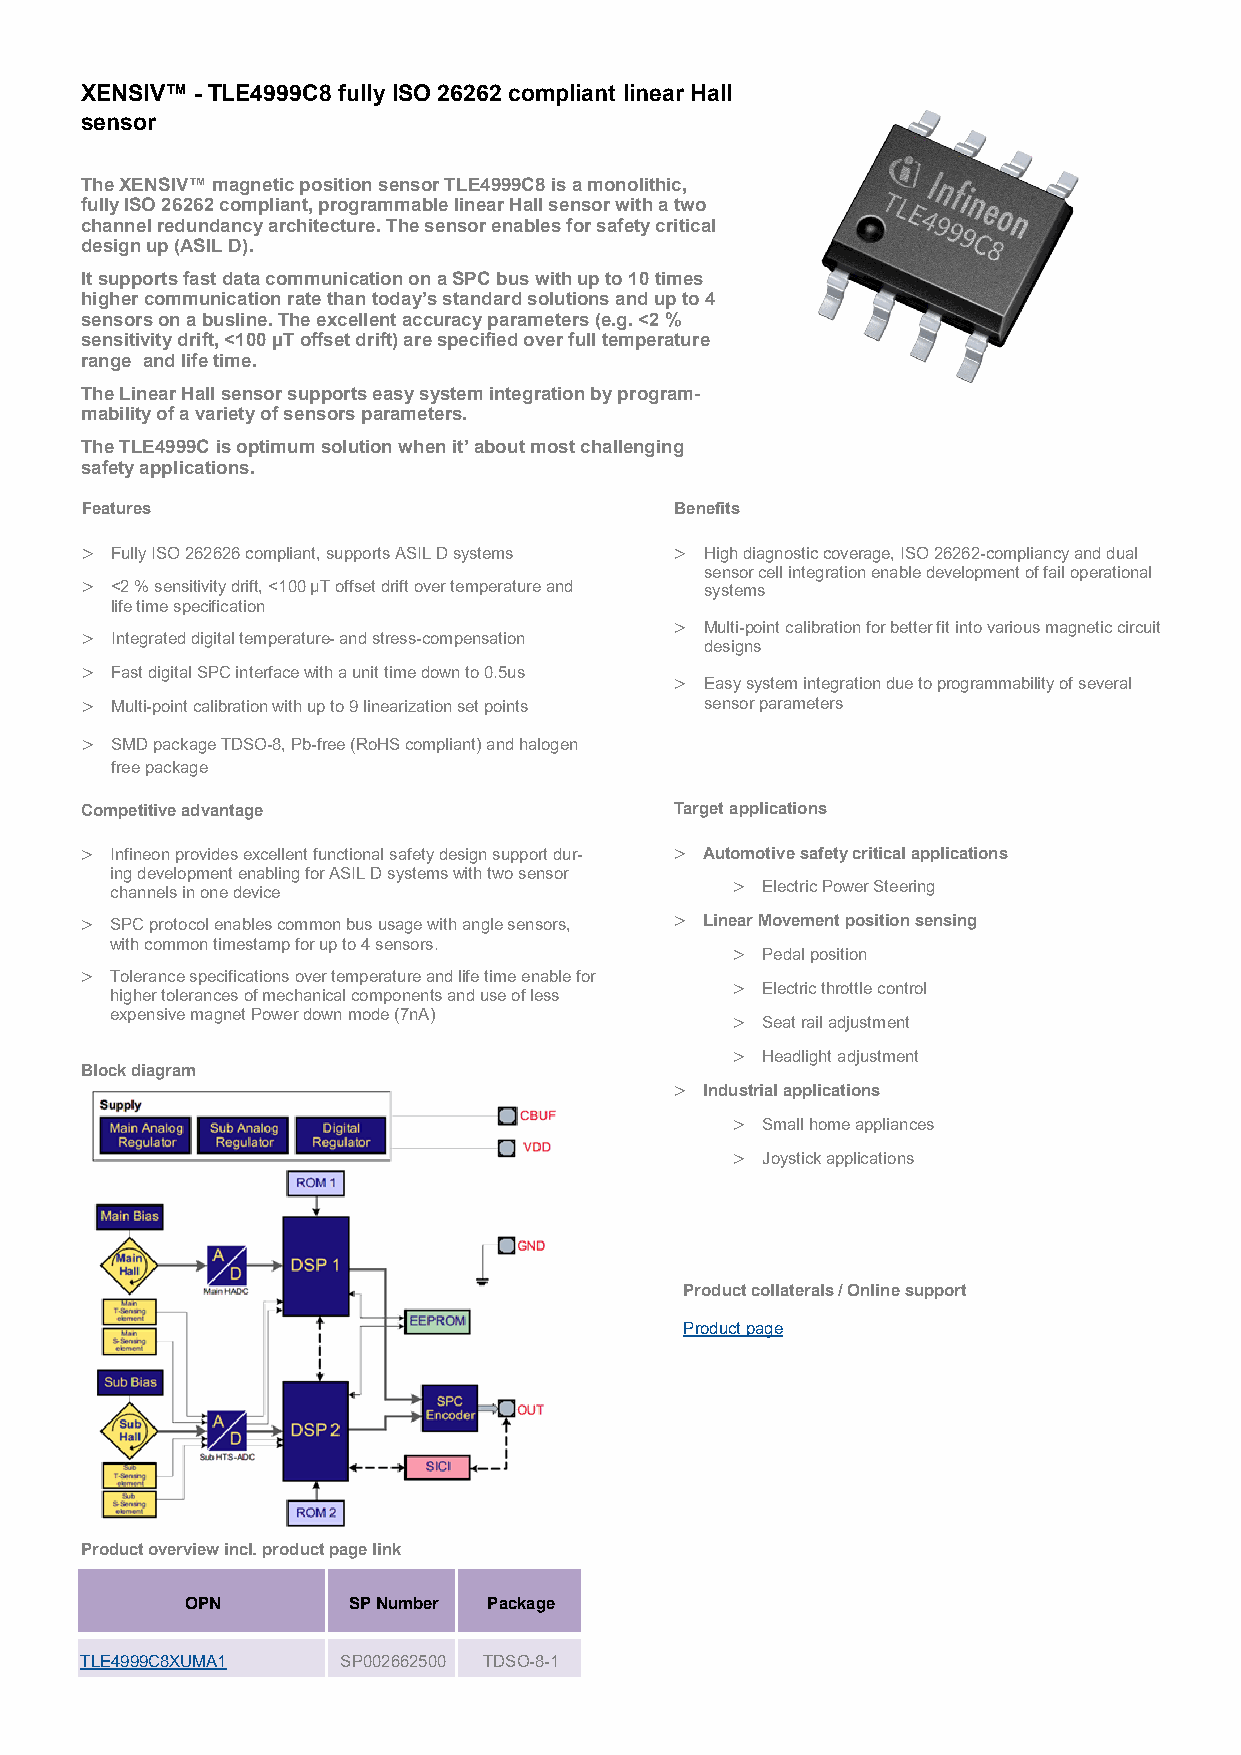
XENSIV™ - TLE4999C8 fully ISO 26262 compliant linear Hall
 sensor
 The XENSIV™ magnetic position sensor TLE4999C8 is a monolithic,
 fully ISO 26262 compliant, programmable linear Hall sensor with a two
 channel redundancy architecture. The sensor enables for safety critical
 design up (ASIL D).
 It supports fast data communication on a SPC bus with up to 10 times
 higher communication rate than today’s standard solutions and up to 4
 sensors on a busline. The excellent accuracy parameters (e.g. <2 %
 sensitivity drift, <100 µT offset drift) are specified over full temperature
 range and life time.
 The Linear Hall sensor supports easy system integration by program-
 mability of a variety of sensors parameters.
 The TLE4999C is optimum solution when it’ about most challenging
 safety applications.
 Features                                Benefits
  Fully ISO 262626 compliant, supports ASIL D systems  High diagnostic coverage, ISO 26262-compliancy and dual
 sensor cell integration enable development of fail operational
  <2 % sensitivity drift, <100 µT offset drift over temperature and systems
 life time specification
  Multi-point calibration for better fit into various magnetic circuit
  Integrated digital temperature- and stress-compensation
 designs
  Fast digital SPC interface with a unit time down to 0.5us
  Easy system integration due to programmability of several
  Multi-point calibration with up to 9 linearization set points sensor parameters
  SMD package TDSO-8, Pb-free (RoHS compliant) and halogen
 free package
 Competitive advantage                   Target applications
  Infineon provides excellent functional safety design support dur-  Automotive safety critical applications
 ing development enabling for ASIL D systems with two sensor
 channels in one device                    Electric Power Steering
  SPC protocol enables common bus usage with angle sensors,  Linear Movement position sensing
 with common timestamp for up to 4 sensors.
  Pedal position
  Tolerance specifications over temperature and life time enable for
  Electric throttle control
 higher tolerances of mechanical components and use of less
 expensive magnet Power down mode (7nA)    Seat rail adjustment
  Headlight adjustment
 Block diagram
  Industrial applications
  Small home appliances
  Joystick applications
 Product collaterals / Online support
 Product page
 Product overview incl. product page link
 OPN        SP Number Package
 TLE4999C8XUMA1    SP002662500 TDSO-8-1